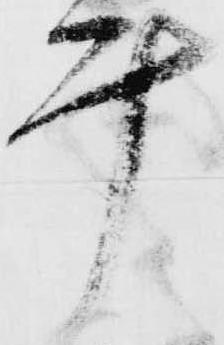
計